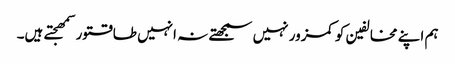
ہم اپنے مخالفین کو کمزور نہیں سمجھتے نہ انہیں طاقتور سمھجتے ہیں۔